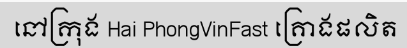
នៅក្រុង Hai PhongVinFast គ្រោងផលិត